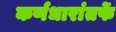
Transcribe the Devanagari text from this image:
कर्णधारांतर्फे